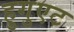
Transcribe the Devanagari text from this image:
हुगुएट